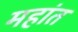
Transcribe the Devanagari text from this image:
महांत